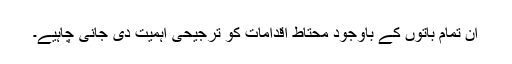
ان تمام باتوں کے باوجود محتاط اقدامات کو ترجیحی اہمیت دی جانی چاہیے۔